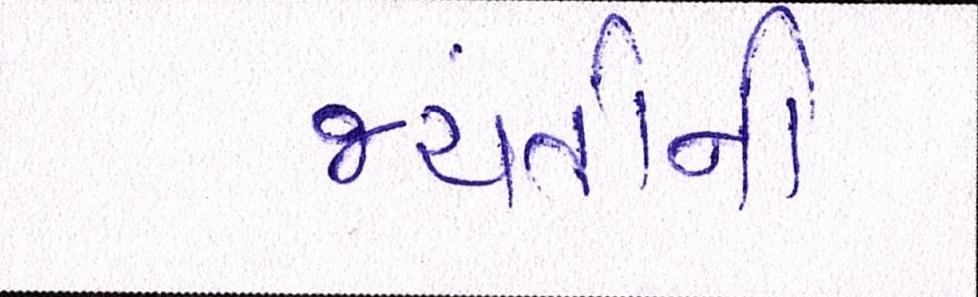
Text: જયંતીની